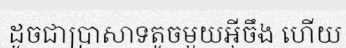
ដូចជាប្រាសាទតូចមួយអ៊ីចឹង ហើយ